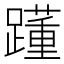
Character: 𨆟